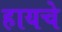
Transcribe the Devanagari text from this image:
हायचे